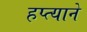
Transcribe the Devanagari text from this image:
हप्त्याने